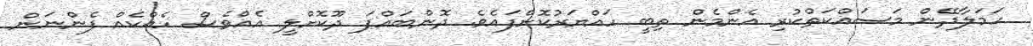
ހަމަލާދޭން މަސައްކަތްކުރި އެންމެން ތިބީ ހައްޔަރުކޮށްފައެވެ. ދޮންބައްޕަ ދޫކޮށްލީ އެއްވެސް ހެއްކެއް ފެންނަން